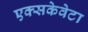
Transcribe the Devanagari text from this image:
एक्सकेवेटा